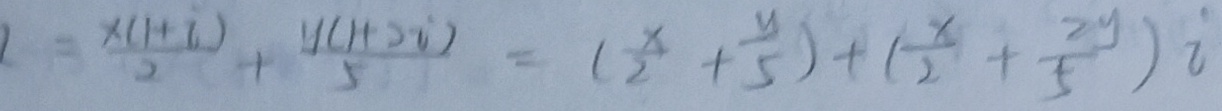
= \frac { x ( 1 + i ) } { 2 } + \frac { y ( 1 + 2 i ) } { 5 } = ( \frac { x } { 2 } + \frac { y } { 5 } ) + ( \frac { x } { 2 } + \frac { 2 y } { 5 } ) i